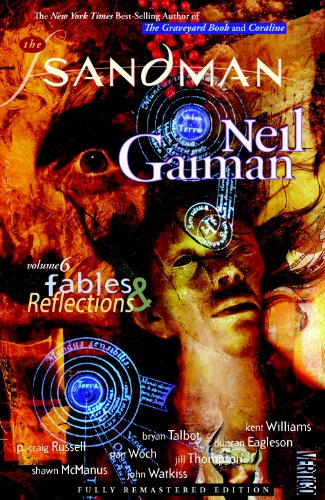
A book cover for The Sandman, Vol. 6: Fables and Reflections; Neil Gaiman; Comics & Graphic Novels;